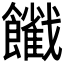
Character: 𩟦